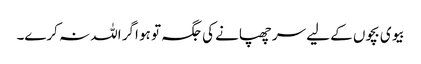
بیوی بچوں کے لیے سر چھپانے کی جگہ تو ہو اگر اللہ نہ کرے۔